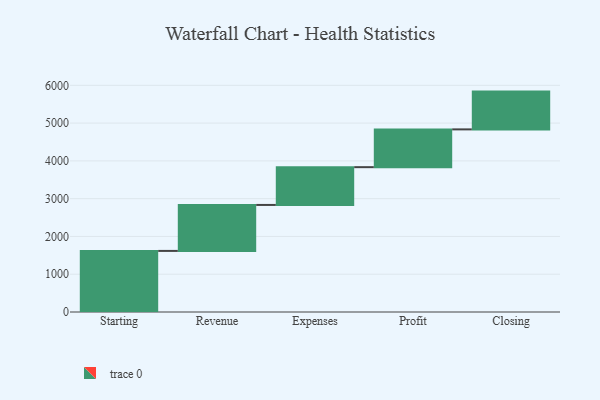
{"axis": {"x": "Step", "y": "Value"}, "legend": [""], "data": [{"x": "Starting", "y": 1617.0, "type": ""}, {"x": "Revenue", "y": 1217.0, "type": ""}, {"x": "Expenses", "y": 1000, "type": ""}, {"x": "Profit", "y": 1000, "type": ""}, {"x": "Closing", "y": 1000, "type": ""}]}